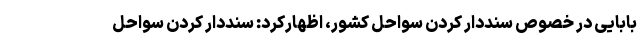
بابایی در خصوص سنددار کردن سواحل کشور، اظهارکرد: سنددار کردن سواحل